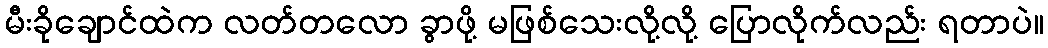
မီးခိုချောင်ထဲက လတ်တလော ခွာဖို့ မဖြစ်သေးလို့လို့ ပြောလိုက်လည်း ရတာပဲ။